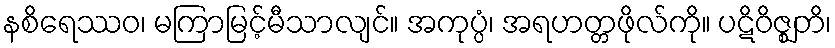
နစိရေဿဝ၊ မကြာမြင့်မီသာလျင်။ အကုပ္ပံ၊ အရဟတ္တဖိုလ်ကို။ ပဋိဝိဇ္ဈတိ၊